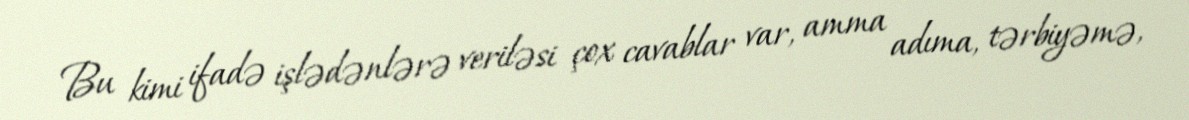
Bu kimi ifadə işlədənlərə veriləsi çox cavablar var, amma adıma, tərbiyəmə,